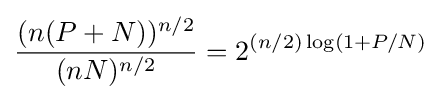
{\frac {(n(P+N))^{n/2}}{(nN)^{n/2}}}=2^{(n/2)\log \left(1+P/N\right)}\,\!